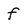
Character: f